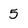
Character: 5